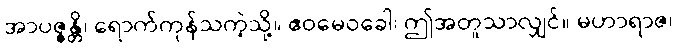
အာပဇ္ဇန္တိ၊ ရောက်ကုန်သကဲ့သို့။ ဧဝမေဝခေါ၊ ဤအတူသာလျှင်။ မဟာရာဇ၊